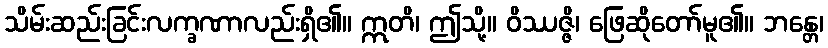
သိမ်းဆည်းခြင်းလက္ခဏာလည်းရှိ၏။ ဣတိ၊ ဤသို့။ ဝိဿဇ္ဇိ၊ ဖြေဆိုတော်မူ၏။ ဘန္တေ၊